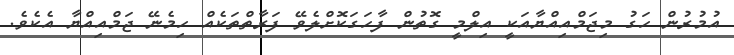
އުމުރުން ހަގު މިޖަމްއިއްޔާއަކީ އިލްމީ ގޮތުން ފާހަގަކޮށްލެވޭ ފަރާތްތަކެއް ހިމެނޭ ޖަމްއިއްޔާ އެކެވެ.